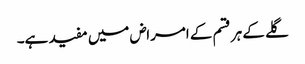
گلے کے ہر قسم کے امراض میں مفید ہے۔